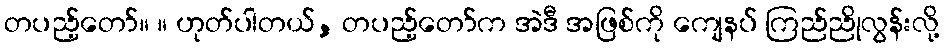
တပည့်တော်။ ။ ဟုတ်ပါတယ်, တပည့်တော်က အဲဒီ အဖြစ်ကို ကျေနပ် ကြည်ညိုလွန်းလို့